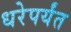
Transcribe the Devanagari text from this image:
धरेपर्यंत